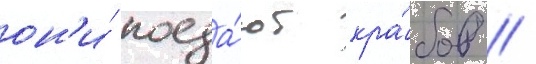
он'и́ поеда́ют кра́бов //